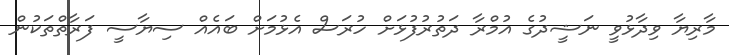
މާރިޔާ ވިދާޅުވީ ނަޝީދުގެ އުމްރާ ދަތުރުފުޅަށް ހުރަސް އެޅުމަށް ބައެއް ސިޔާސީ ފަރާތްތަކުން